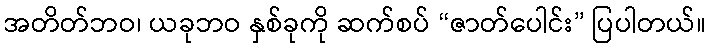
အတိတ်ဘဝ၊ ယခုဘဝ နှစ်ခုကို ဆက်စပ် “ဇာတ်ပေါင်း” ပြပါတယ်။